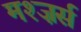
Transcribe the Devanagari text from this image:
मश्ज़र्स